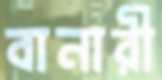
বানারী